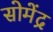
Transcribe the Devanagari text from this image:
सोमेंद्र